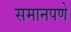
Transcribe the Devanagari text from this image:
समानपणे